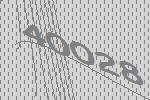
40028